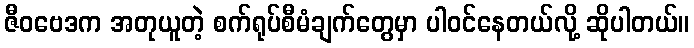
ဇီဝဗေဒက အတုယူတဲ့ စက်ရုပ်စီမံချက်တွေမှာ ပါဝင်နေတယ်လို့ ဆိုပါတယ်။